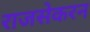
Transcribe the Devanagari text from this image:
राजसेकरन